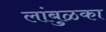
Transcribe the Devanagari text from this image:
लांबुळका